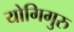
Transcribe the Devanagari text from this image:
योगिगुरु